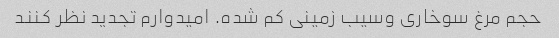
حجم مرغ سوخاری وسیب زمینی کم شده. امیدوارم تجدید نظر کنند